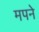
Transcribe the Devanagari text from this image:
मपने